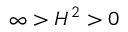
\infty > H ^ { 2 } > 0